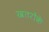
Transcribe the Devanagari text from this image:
खतरोंके